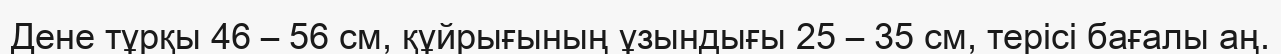
Дене тұрқы 46 – 56 см, құйрығының ұзындығы 25 – 35 см, терісі бағалы аң.